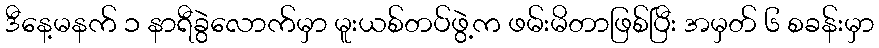
ဒီနေ့မနက် ၁ နာရီခွဲလောက်မှာ မူးယစ်တပ်ဖွဲ့က ဖမ်းမိတာဖြစ်ပြီး အမှတ် ၆ စခန်းမှာ